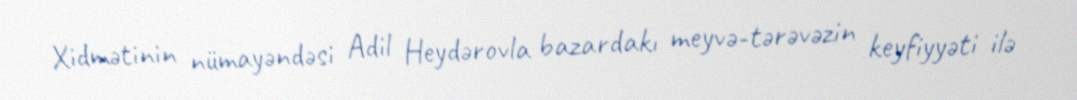
Xidmətinin nümayəndəsi Adil Heydərovla bazardakı meyvə-tərəvəzin keyfiyyəti ilə